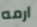
ارمه